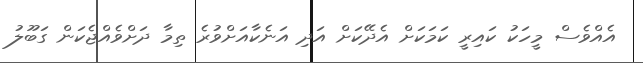
އެއްވެސް މީހަކު ކައިރީ ކަމަކަށް އެދޭކަށް އަދި އަނެކާއަށްވުރެ ތިމާ ދަށްވެއްޖެކަން ގަބޫލު